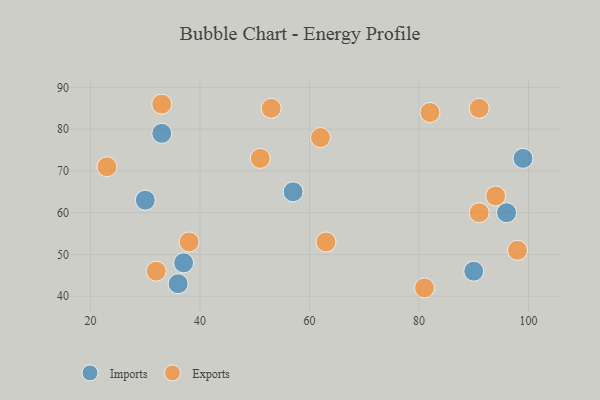
{"axis": {"x": "GDP", "y": "Life Expectancy"}, "legend": ["Exports", "Imports"], "data": [{"x": "57", "y": 65, "type": "Imports"}, {"x": "96", "y": 60, "type": "Imports"}, {"x": "99", "y": 73, "type": "Imports"}, {"x": "37", "y": 48, "type": "Imports"}, {"x": "33", "y": 79, "type": "Imports"}, {"x": "30", "y": 63, "type": "Imports"}, {"x": "36", "y": 43, "type": "Imports"}, {"x": "90", "y": 46, "type": "Imports"}, {"x": "53", "y": 85, "type": "Exports"}, {"x": "82", "y": 84, "type": "Exports"}, {"x": "51", "y": 73, "type": "Exports"}, {"x": "62", "y": 78, "type": "Exports"}, {"x": "81", "y": 42, "type": "Exports"}, {"x": "32", "y": 46, "type": "Exports"}, {"x": "33", "y": 86, "type": "Exports"}, {"x": "91", "y": 60, "type": "Exports"}, {"x": "38", "y": 53, "type": "Exports"}, {"x": "23", "y": 71, "type": "Exports"}, {"x": "98", "y": 51, "type": "Exports"}, {"x": "63", "y": 53, "type": "Exports"}, {"x": "94", "y": 64, "type": "Exports"}, {"x": "91", "y": 85, "type": "Exports"}]}